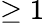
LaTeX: \geq 1